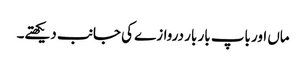
ماں اور باپ بار بار دروازے کی جانب دیکھتے۔